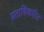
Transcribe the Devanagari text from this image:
प्रताधिकारित